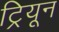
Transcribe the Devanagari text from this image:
ट्रियून